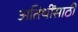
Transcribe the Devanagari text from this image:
अतिथींसाठी